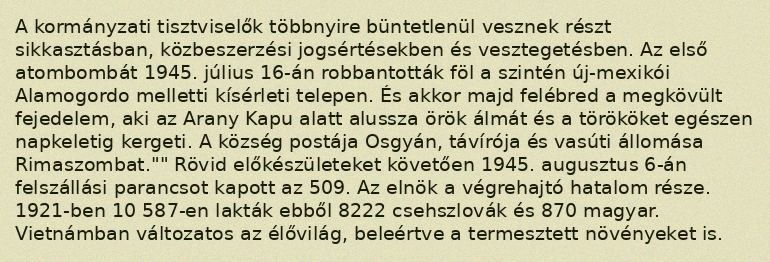
A kormányzati tisztviselők többnyire büntetlenül vesznek részt sikkasztásban, közbeszerzési jogsértésekben és vesztegetésben. Az első atombombát 1945. július 16-án robbantották föl a szintén új-mexikói Alamogordo melletti kísérleti telepen. És akkor majd felébred a megkövült fejedelem, aki az Arany Kapu alatt alussza örök álmát és a törököket egészen napkeletig kergeti. A község postája Osgyán, távírója és vasúti állomása Rimaszombat."" Rövid előkészületeket követően 1945. augusztus 6-án felszállási parancsot kapott az 509. Az elnök a végrehajtó hatalom része. 1921-ben 10 587-en lakták ebből 8222 csehszlovák és 870 magyar. Vietnámban változatos az élővilág, beleértve a termesztett növényeket is.